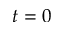
t = 0